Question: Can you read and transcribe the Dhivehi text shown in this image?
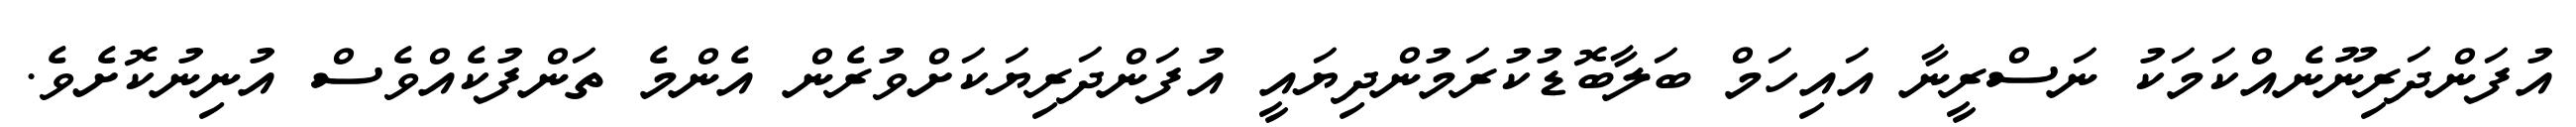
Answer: އުފަންދަރިނޫނެއްކަމަކު ނަސްރީނާ އައިހަމް ބަލާބޮޑުކުރަމުންދިޔައީ އުފަންދަރިޔަކަށްވުރެން އެންމެ ތަންފުކެއްވެސް އުނިނުކޮށެވެ.